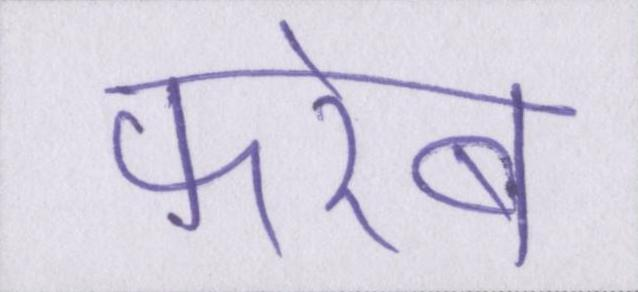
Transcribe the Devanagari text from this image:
फरेब